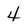
Character: 4